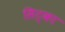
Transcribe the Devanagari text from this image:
सिट्का